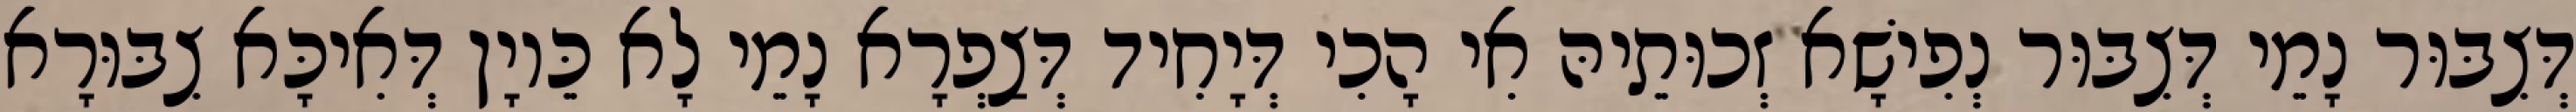
דְּצִבּוּר נָמֵי דְּצִבּוּר נְפִישָׁא זְכוּתֵיהּ אִי הָכִי דְּיָחִיד דְּצַפְרָא נָמֵי לָא כֵּיוָן דְּאִיכָּא צִבּוּרָא